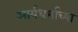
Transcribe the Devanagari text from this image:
आर्यधर्माच्या